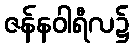
ဇန်နဝါရီလ၌